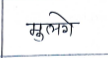
मजकूर: मुलगे